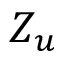
Z _ { u }